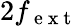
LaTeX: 2f_{\mathrm{~e~x~t~}}